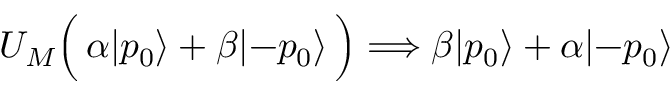
U _ { M } \Bigl ( \, \alpha | p _ { 0 } \rangle + \beta | { - p _ { 0 } } \rangle \, \Bigr ) \Longrightarrow \beta | p _ { 0 } \rangle + \alpha | { - p _ { 0 } } \rangle